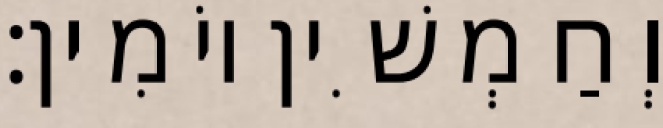
וְחַמְשִׁין יוֹמִין׃